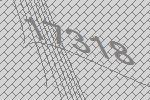
17318